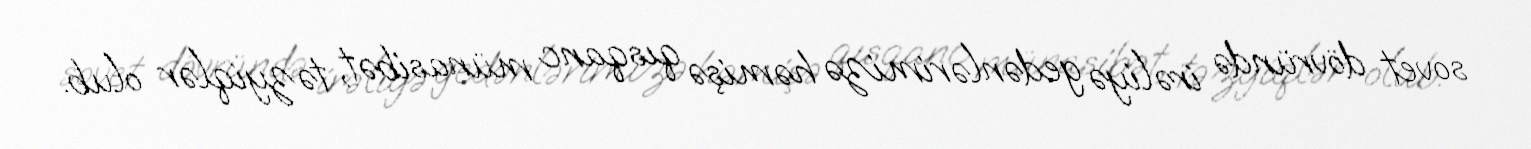
sovet dövründə irəliyə gedənlərimizə həmişə qısqanc münasibət, təzyiqlər olub.